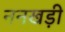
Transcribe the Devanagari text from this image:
ननखड़ी